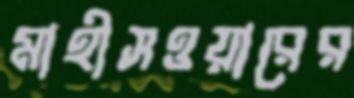
মাহীসওয়ারের